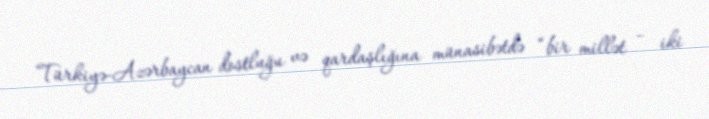
Türkiyə-Azərbaycan dostluğu və qardaşlığına münasibətdə “bir millət – iki